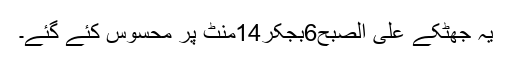
یہ جھٹکے علی الصبح6بجکر14منٹ پر محسوس کئے گئے۔